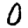
Digit: 0